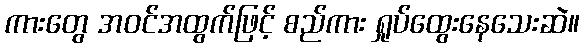
ကားတွေ အဝင်အထွက်ဖြင့် စည်ကား ရှုပ်ထွေးနေသေးဆဲ။